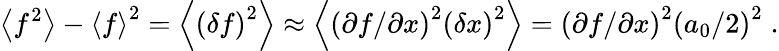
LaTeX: \left\langle f^{2}\right\rangle-\left\langle f\right\rangle^{2}=\left\langle\left(\delta f\right)^{2}\right\rangle\approx\left\langle\left(\partial f/\partial x\right)^{2}\left(\delta x\right)^{2}\right\rangle=\left(\partial f/\partial x\right)^{2}\left(a_{0}/2\right)^{2}\; .